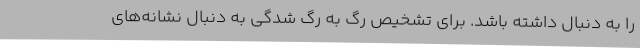
را به دنبال داشته باشد. برای تشخیص رگ به رگ شدگی به دنبال نشانه‌های